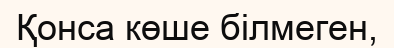
Қонса көше білмеген,